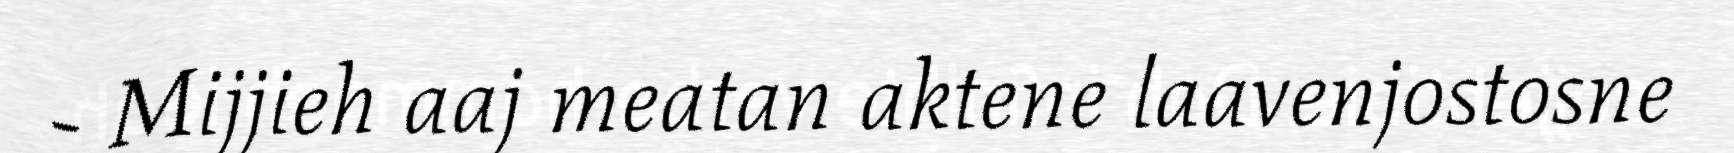
- Mijjieh aaj meatan aktene laavenjostosne